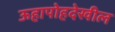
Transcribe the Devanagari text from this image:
ऊहापोहदेखील